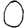
Digit: 0